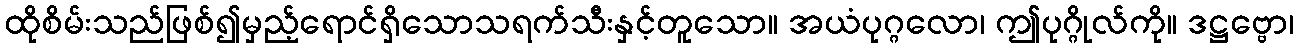
ထိုစိမ်းသည်ဖြစ်၍မှည့်ရောင်ရှိသောသရက်သီးနှင့်တူသော။ အယံပုဂ္ဂလော၊ ဤပုဂ္ဂိုလ်ကို။ ဒဋ္ဌဗ္ဗော၊